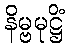
နိမ္ဗမုဋ္ဌိံ